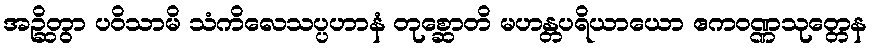
အဉ္ဆိတွာ ပဝိသာမိ သံကိလေသပ္ပဟာနံ တုစ္ဆောတိ မဟန္တပရိယာယော ဧကဝဏ္ဏသုတ္တေန